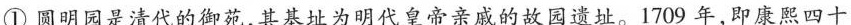
①圆明园是清代的御苑，其基址为明代皇帝亲戚的故园遗址。1709年，即康熙四十